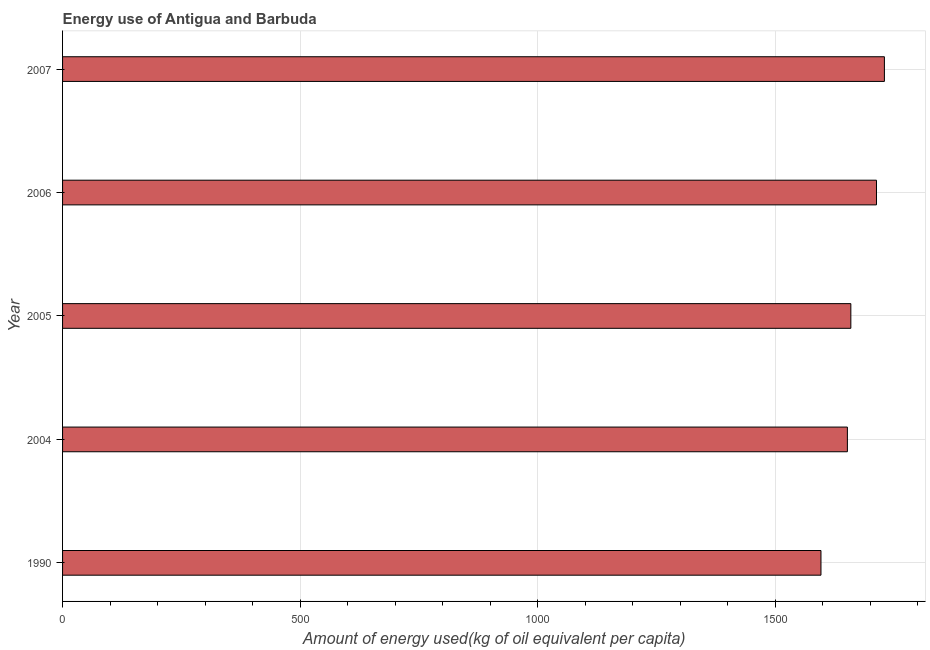
| Year | Energy use  |
 | --- | --- |
 | 1990 | 1.6e+03 |
 | 2004 | 1.65e+03 |
 | 2005 | 1.66e+03 |
 | 2006 | 1.71e+03 |
 | 2007 | 1.73e+03 |